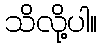
သိလို့ပါ။